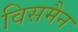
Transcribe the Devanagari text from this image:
विसमैन